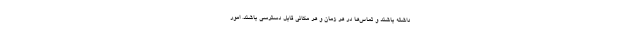
داشته باشند و تماس‌ها در هر زمان و هر مکانی قابل دسترسی باشند. امور